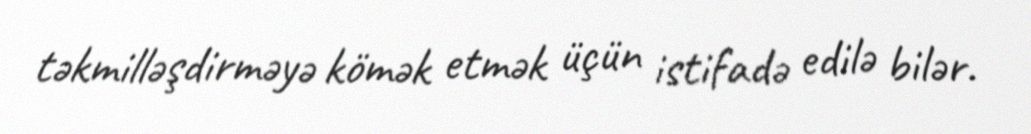
təkmilləşdirməyə kömək etmək üçün istifadə edilə bilər.